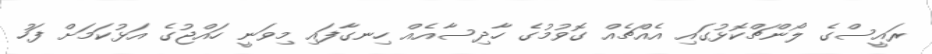
ރައީސްގެ ލޯންޗްކޮޅުގައި އެއްޗެއް ގޮވުމުގެ ހާދިސާއެއް ހިނގާފައި މިވަނީ ހައްޖުގެ އަޅުކަމަށް ފަހު